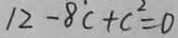
1 2 - 8 \dot { c } + c ^ { 2 } = 0